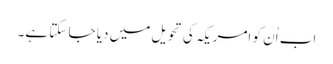
اب اُن کو امریکہ کی تحویل میں دیا جا سکتا ہے۔